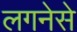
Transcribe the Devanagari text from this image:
लगनेसे